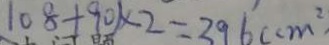
1 0 8 + 9 0 ) \times 2 = 3 9 6 ( c m ^ { 2 }